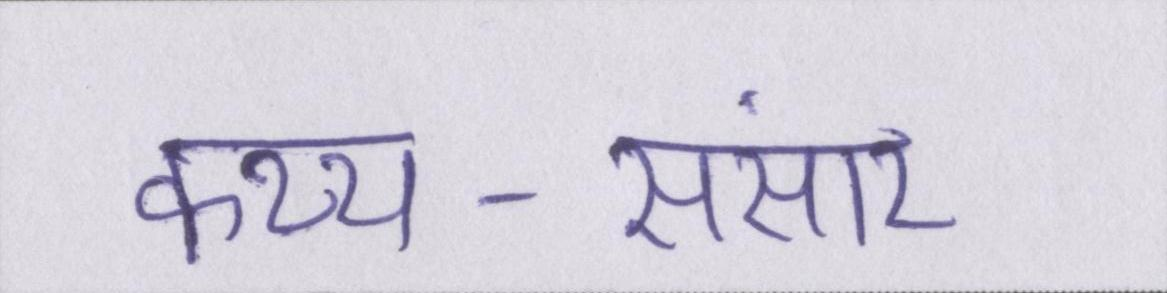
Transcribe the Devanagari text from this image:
कथ्य-संसार